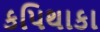
કપિથાકા